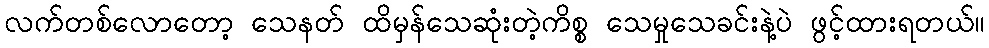
လက်တစ်လောတော့ သေနတ် ထိမှန်သေဆုံးတဲ့ကိစ္စ သေမှုသေခင်းနဲ့ပဲ ဖွင့်ထားရတယ်။